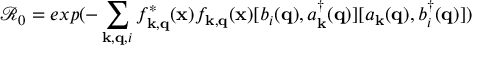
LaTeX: { \mathcal { R } } _ { 0 } = e x p ( - \sum _ { { \bf { k } } , { \bf { q } } , i } f _ { { \bf { k } } , { \bf { q } } } ^ { * } ( { \bf { x } } ) f _ { { \bf { k } } , { \bf { q } } } ( { \bf { x } } ) [ b _ { i } ( { \bf { q } } ) , a _ { { \bf { k } } } ^ { \dagger } ( { \bf { q } } ) ] [ a _ { { \bf { k } } } ( { \bf { q } } ) , b _ { i } ^ { \dagger } ( { \bf { q } } ) ] )